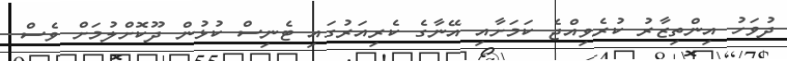
ދުވަހު އިންތިޒާރު ކުރެވިއްޖެ ކަމަށާއި އޭނާގެ ކެރިއަރުގައި ޓެނިސް ކުޅުން ދޫކޮށްލުމަށް ވެސް